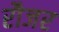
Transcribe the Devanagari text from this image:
रौजर